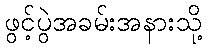
ဖွင့်ပွဲအခမ်းအနားသို့